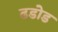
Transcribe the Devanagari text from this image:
ढडोड